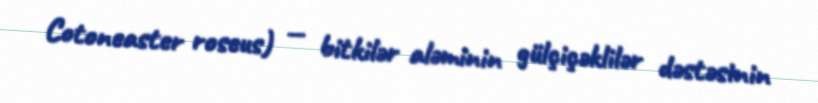
Cotoneaster roseus) — bitkilər aləminin gülçiçəklilər dəstəsinin